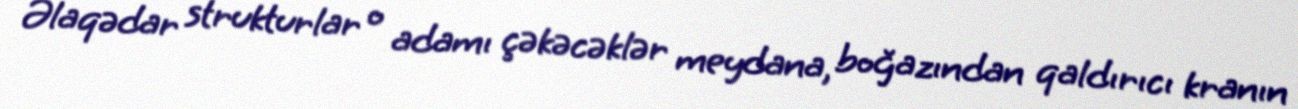
Əlaqədar strukturlar o adamı çəkəcəklər meydana, boğazından qaldırıcı kranın